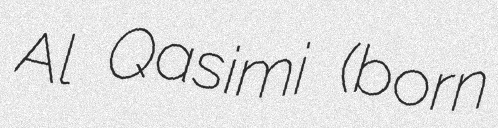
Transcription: Al Qasimi (born